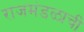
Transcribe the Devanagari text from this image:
राजमंडळाची